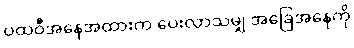
ပထဝီအနေအထားက ပေးလာသမျှ အခြေအနေကို